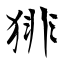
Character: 猅